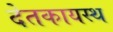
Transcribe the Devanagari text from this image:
देतकायस्थ